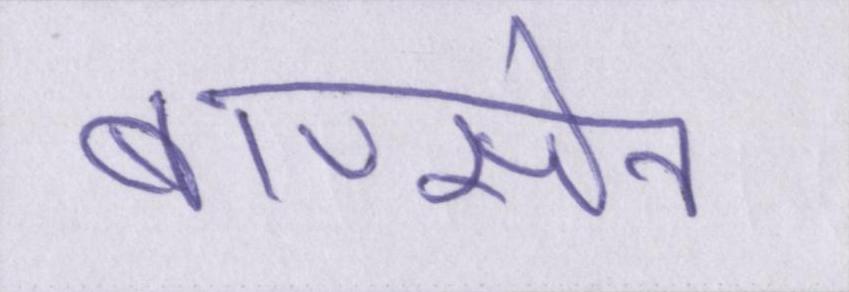
बाणसेन